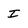
Character: I